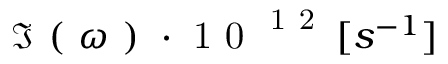
\Im \mathrm { ~ ( ~ } \omega \mathrm { ~ ) ~ } \cdot \mathrm { ~ 1 ~ 0 ~ } ^ { \mathrm { ~ 1 ~ 2 ~ } } \, [ s ^ { - 1 } ]